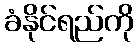
ခံနိုင်ရည်ကို